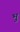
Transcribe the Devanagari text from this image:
भु